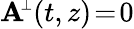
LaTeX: {\mathbf A}\! ^{{\scriptscriptstyle\perp}}(t,z)\! =\! 0